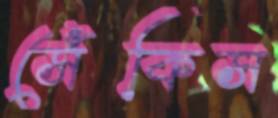
সেঁকিস